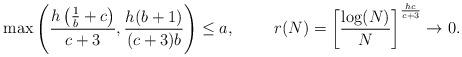
LaTeX: \begin{align*}\max\left(\frac{h\left(\frac{1}{b}+c\right)}{c+3},\frac{h(b+1)}{(c+3)b}\right)&\le a, & r(N)&= \left[ \frac{\log(N)}{N}\right]^{\frac{hc}{c+3}} \rightarrow 0. \end{align*}